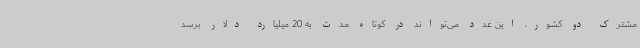
مشترک دو کشور، این عدد می‌تواند در کوتاه مدت به 20 میلیارد دلار برسد